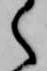
く